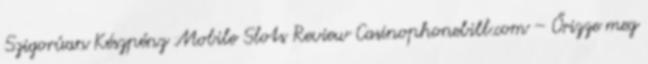
Szigorúan Készpénz Mobile Slots Review Casinophonebill.com – Őrizze meg